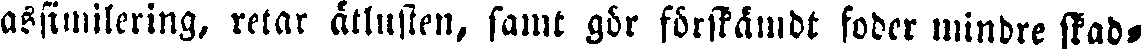
assimilering, retar åtluften, samt gör förskämdt foder mindre skad-